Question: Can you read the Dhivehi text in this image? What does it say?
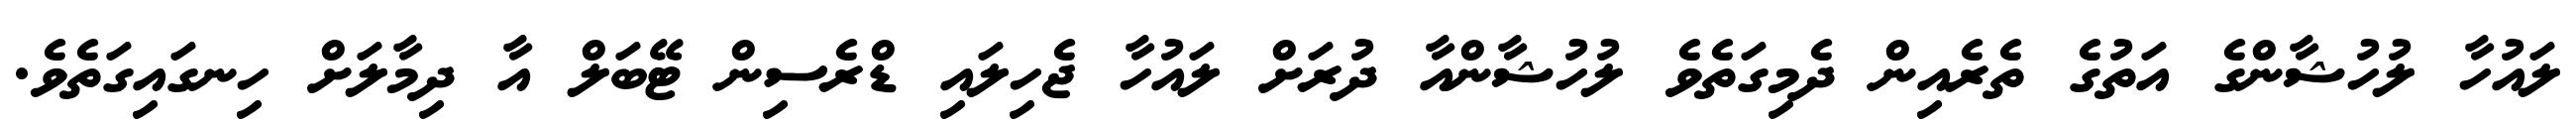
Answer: ލައުހާ ލުހުޝާންގެ އަތުގެ ތެރެއިން ދެމިގަތެވެ ލުހުޝާންއާ ދުރަށް ލައުހާ ޖެހިލައި ޑްރެސިން ޓޭބަލް އާ ދިމާލަށް ހިނގައިގަތެވެ.